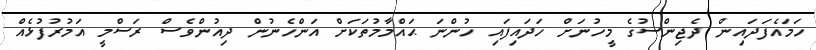
ހަމައެފަދައިން ދެޖިންސުގެ މީހުނަށް ހަދައިފައި ހުންނަ ޙައްމާމުތަކަށް އަންހެނުން ދިއުންވެސް ރަސްމީ އަމުރުފުޅެއް